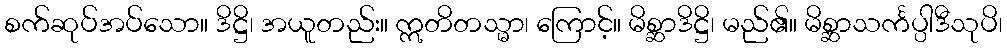
စက်ဆုပ်အပ်သော။ ဒိဋ္ဌိ၊ အယူတည်း။ ဣတိတသ္မာ၊ ကြောင့်။ မိစ္ဆာဒိဋ္ဌိ၊ မည်၏။ မိစ္ဆာသင်္ကပ္ပါဒီသုပိ၊